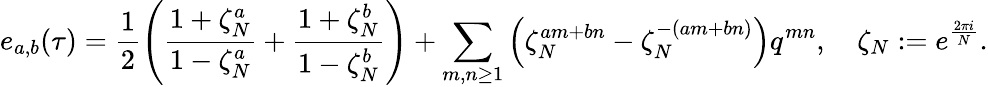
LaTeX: e_{a,b}(\tau)=\frac{1}{2}\left(\frac{1+\zeta_{N}^{a}}{1-\zeta_{N}^{a}}+\frac{1+\zeta_{N}^{b}}{1-\zeta_{N}^{b}}\right)+\sum_{m,n\ge 1}\left(\zeta_{N}^{am+bn}-\zeta_{N}^{-(am+bn)}\right)q^{mn},\quad\zeta_{N}:=e^{\frac{2\pi i}{N}}.